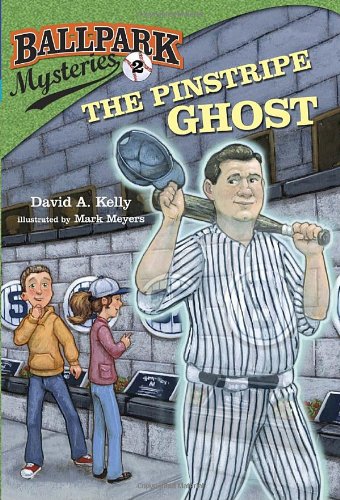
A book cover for The Pinstripe Ghost (Ballpark Mysteries); David A. Kelly; Children's Books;